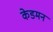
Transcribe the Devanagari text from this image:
केडमन